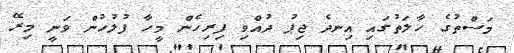
މަސްތުގެ ހާލަތުގައި އިނދެ ޖިޕު ދުއްވި ފިރިހެން މީހާ ފުލުހުން ވަނީ މިރޭ